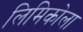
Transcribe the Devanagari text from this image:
लिमिकोला